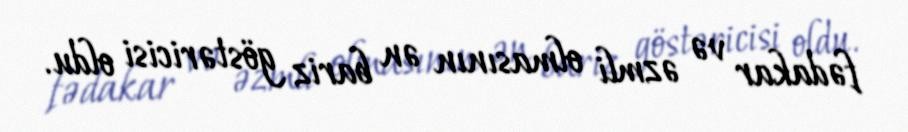
fədakar və əzmli olmasının ən bariz göstəricisi oldu.